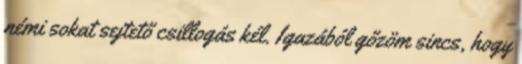
némi sokat sejtető csillogás kél. Igazából gőzöm sincs, hogy